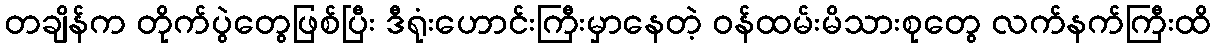
တချိန်က တိုက်ပွဲတွေဖြစ်ပြီး ဒီရုံးဟောင်းကြီးမှာနေတဲ့ ဝန်ထမ်းမိသားစုတွေ လက်နက်ကြီးထိ